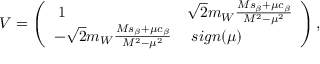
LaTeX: V = \left( \begin{array} { l l } { { \; 1 } } & { { \sqrt { 2 } m _ { W } \frac { M s _ { \beta } + \mu c _ { \beta } } { M ^ { 2 } - \mu ^ { 2 } } } } \\ { { - \sqrt { 2 } m _ { W } \frac { M s _ { \beta } + \mu c _ { \beta } } { M ^ { 2 } - \mu ^ { 2 } } } } & { { \; s i g n ( \mu ) } } \end{array} \right) ,